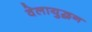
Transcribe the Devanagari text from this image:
वेलायुद्धन